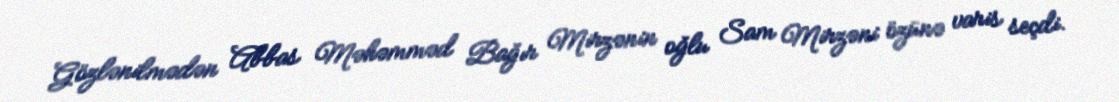
Gözlənilmədən Abbas Məhəmməd Bağır Mirzənin oğlu Sam Mirzəni özünə varis seçdi.